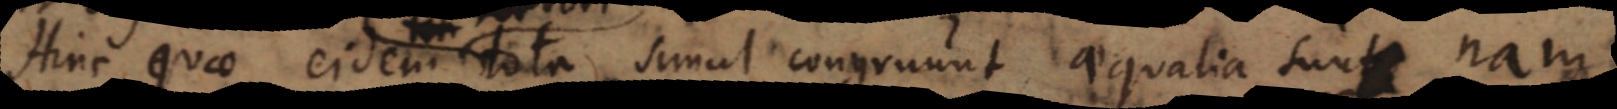
Hinc quae eidem tota simul congruunt aequalia sunt, nam